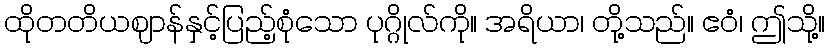
ထိုတတိယဈာန်နှင့်ပြည့်စုံသော ပုဂ္ဂိုလ်ကို။ အရိယာ၊ တို့သည်။ ဧဝံ၊ ဤသို့။